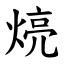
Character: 煷